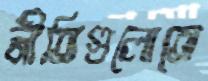
নীতিগুলোতে